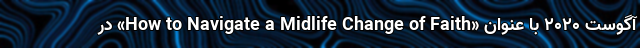
آگوست ۲۰۲۰ با عنوان «How to Navigate a Midlife Change of Faith» در